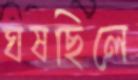
ঘষছিলে